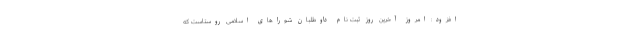
افزود: امروز آخرین روز ثبت نام داوطلبان شوراهای اسلامی روستاست که